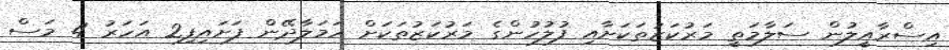
އިސްރާއީލުން ސަލާމަތީ މަރުކަޒުތަކަށާއި ފުލުހުންގެ މަރުކަޒުތަކަށް ހަމަލާދޭން ފަށައިފި2 އަހަރު 4 މަސް